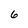
Character: 6